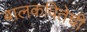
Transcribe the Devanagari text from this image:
बालकवितेची